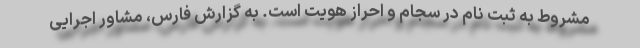
مشروط به ثبت نام در سجام و احراز هویت است. به گزارش فارس، مشاور اجرایی